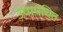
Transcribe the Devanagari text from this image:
उपापचित